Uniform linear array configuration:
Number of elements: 64
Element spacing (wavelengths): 0.25
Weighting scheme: hamming
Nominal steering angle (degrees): -45
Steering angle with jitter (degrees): -45.237
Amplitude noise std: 0.05
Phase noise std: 0.05

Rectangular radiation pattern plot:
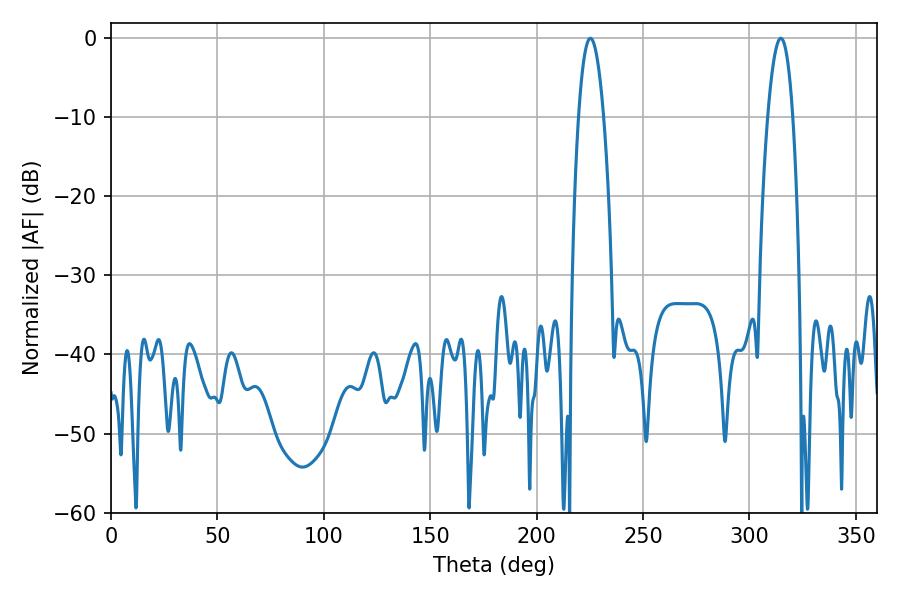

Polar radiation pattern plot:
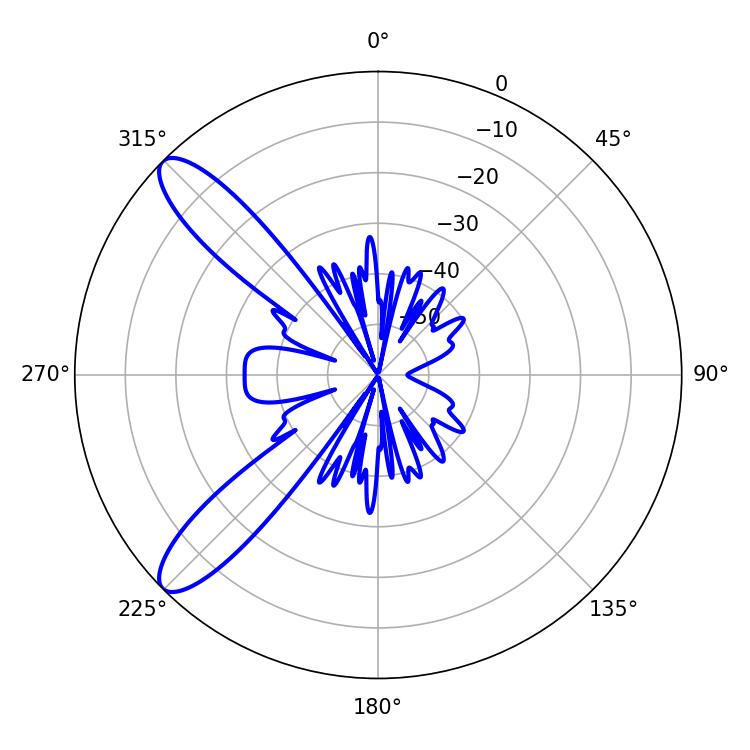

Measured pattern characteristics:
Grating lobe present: FALSE
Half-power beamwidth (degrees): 6.48
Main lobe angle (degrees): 225.18